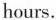
hours.